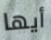
أيها